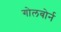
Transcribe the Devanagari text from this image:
गोलबोर्न